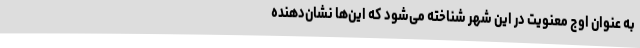
به عنوان اوج معنویت در این شهر شناخته می‌شود که این‌ها نشان‌دهنده